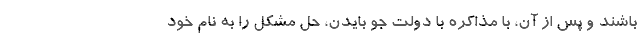
باشند و پس از آن، با مذاکره با دولت جو بایدن، حل مشکل را به نام خود